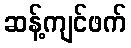
ဆန့်ကျင်ဖက်